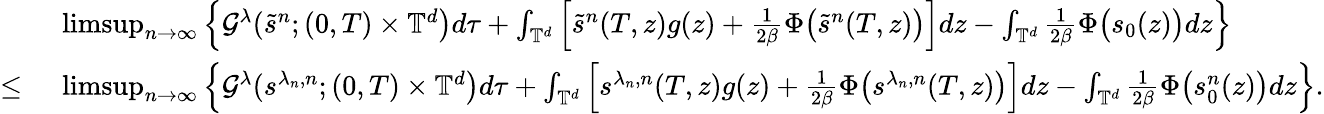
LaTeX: \begin{array}{rl}&{\ \operatorname*{limsup}_{n\rightarrow\infty}\Big\{ \mathcal{G}^{\lambda}(\tilde{s}^{n};(0,T)\times\mathbb{T}^{d}\big)d\tau+\int_{\mathbb{T}^{d}}\Big[\tilde{s}^{n}(T,z){g}(z)+\frac{1}{2\beta}\Phi\big(\tilde{s}^{n}(T,z)\big)\Big]dz-\int_{\mathbb{T}^{d}}\frac{1}{2\beta}\Phi\big(s_{0}(z)\big)dz\Big\} }\\ {\leq}&{\ \operatorname*{limsup}_{n\rightarrow\infty}\Big\{ \mathcal{G}^{\lambda}(s^{\lambda_{n},n};(0,T)\times\mathbb{T}^{d}\big)d\tau+\int_{\mathbb{T}^{d}}\Big[{s}^{\lambda_{n},n}(T,z){g}(z)+\frac{1}{2\beta}\Phi\big(s^{\lambda_{n},n}(T,z)\big)\Big]dz-\int_{\mathbb{T}^{d}}\frac{1}{2\beta}\Phi\big(s_{0}^{n}(z)\big)dz\Big\} .}\end{array}